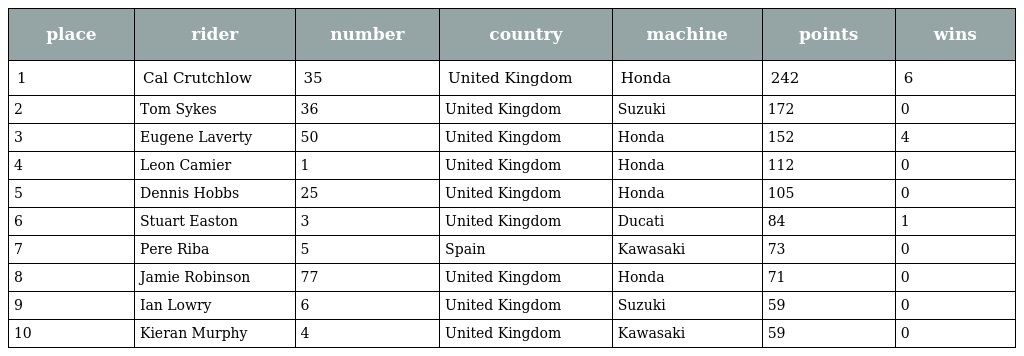
| place | rider | number | country | machine | points | wins |
 | --- | --- | --- | --- | --- | --- | --- |
 | 1 | Cal Crutchlow | 35 | United Kingdom | Honda | 242 | 6 |
 | 2 | Tom Sykes | 36 | United Kingdom | Suzuki | 172 | 0 |
 | 3 | Eugene Laverty | 50 | United Kingdom | Honda | 152 | 4 |
 | 4 | Leon Camier | 1 | United Kingdom | Honda | 112 | 0 |
 | 5 | Dennis Hobbs | 25 | United Kingdom | Honda | 105 | 0 |
 | 6 | Stuart Easton | 3 | United Kingdom | Ducati | 84 | 1 |
 | 7 | Pere Riba | 5 | Spain | Kawasaki | 73 | 0 |
 | 8 | Jamie Robinson | 77 | United Kingdom | Honda | 71 | 0 |
 | 9 | Ian Lowry | 6 | United Kingdom | Suzuki | 59 | 0 |
 | 10 | Kieran Murphy | 4 | United Kingdom | Kawasaki | 59 | 0 |